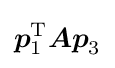
{\boldsymbol {p}}_{1}^{\mathrm {T} }{\boldsymbol {Ap}}_{3}